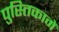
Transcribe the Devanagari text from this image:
पुस्‍तिकामें